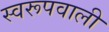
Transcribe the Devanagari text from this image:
स्वरूपवाली